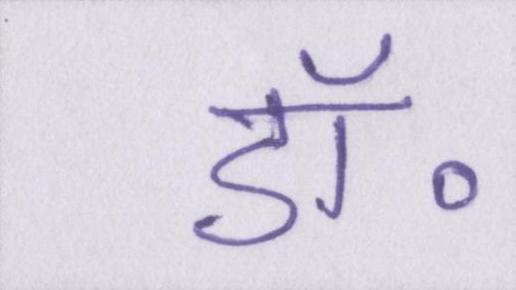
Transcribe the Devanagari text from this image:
डॉ॰